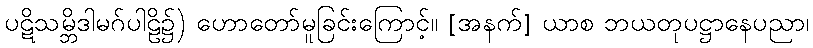
ပဋိသမ္ဘိဒါမဂ်ပါဠိ၌) ဟောတော်မူခြင်းကြောင့်။ [အနက်] ယာစ ဘယတုပဋ္ဌာနေပညာ၊